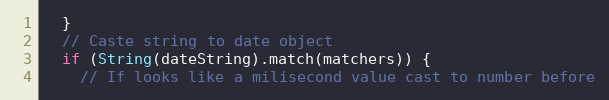
Language: JavaScript
  }
  // Caste string to date object
  if (String(dateString).match(matchers)) {
    // If looks like a milisecond value cast to number before